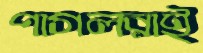
পাগলরাই